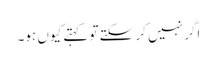
اگر نہیں کر سکتے تو کہتے کیوں ہو۔